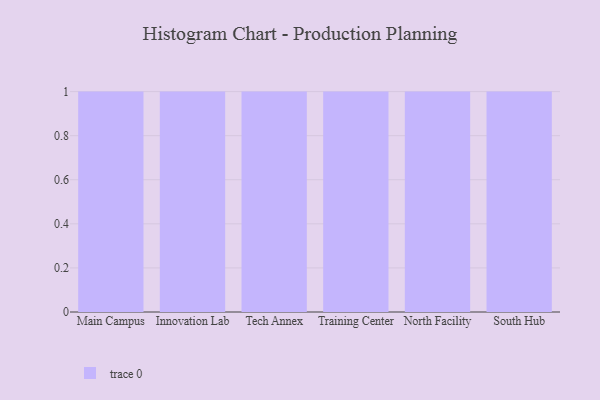
{"axis": {"x": "Campus", "y": "Shipments"}, "legend": [""], "data": [{"x": "Main Campus", "y": 90, "type": ""}, {"x": "Innovation Lab", "y": 17, "type": ""}, {"x": "Tech Annex", "y": 33, "type": ""}, {"x": "Training Center", "y": 76, "type": ""}, {"x": "North Facility", "y": 18, "type": ""}, {"x": "South Hub", "y": 21, "type": ""}]}